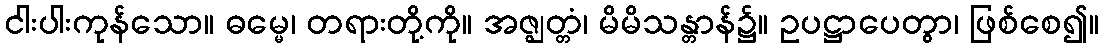
ငါးပါးကုန်သော။ ဓမ္မေ၊ တရားတို့ကို။ အဇ္ဈတ္တံ၊ မိမိသန္တာန်၌။ ဥပဋ္ဌာပေတွာ၊ ဖြစ်စေ၍။